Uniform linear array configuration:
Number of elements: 24
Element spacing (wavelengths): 0.25
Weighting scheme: cosine
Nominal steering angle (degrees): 30
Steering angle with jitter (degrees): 28.4
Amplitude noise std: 0.05
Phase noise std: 0.05

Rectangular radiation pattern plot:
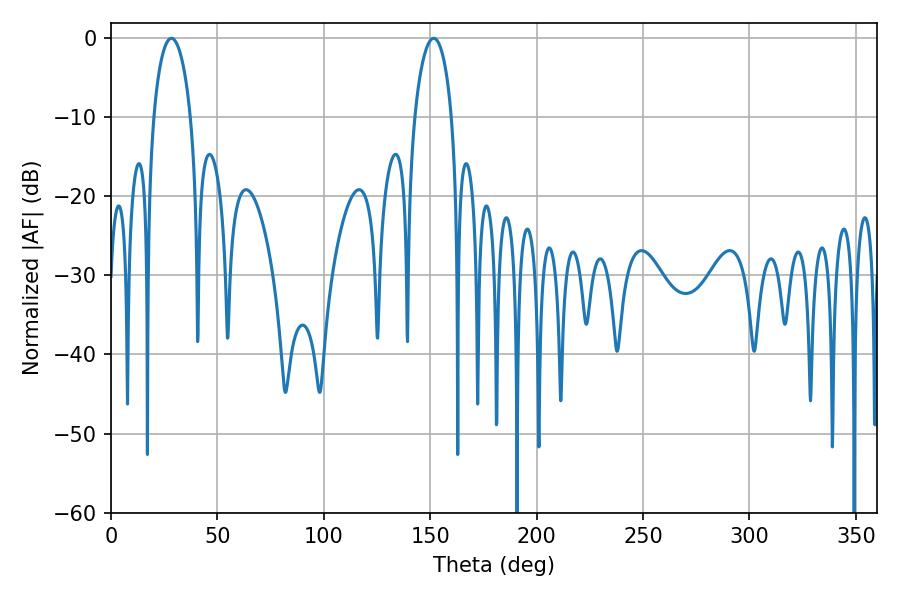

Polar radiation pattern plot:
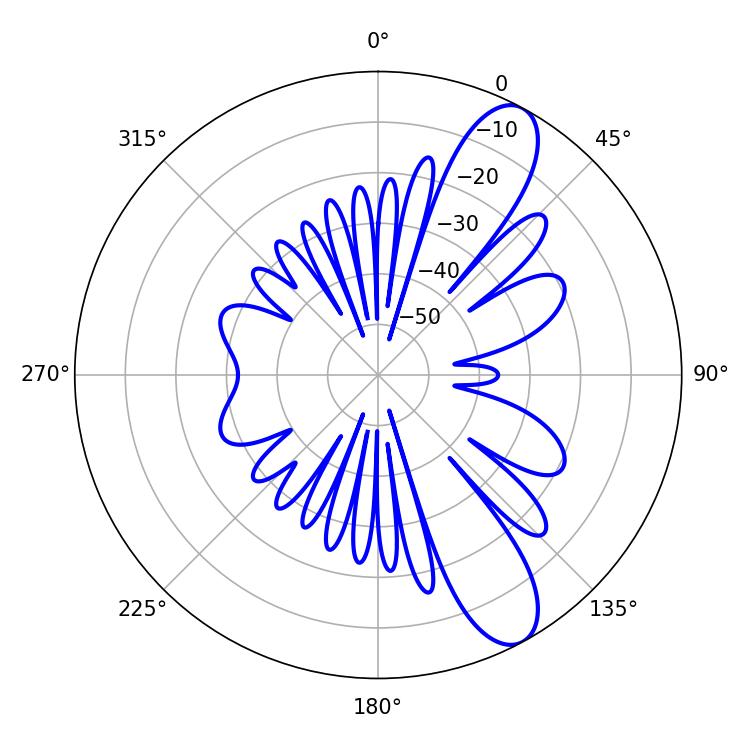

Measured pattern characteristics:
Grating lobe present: FALSE
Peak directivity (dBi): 10.407
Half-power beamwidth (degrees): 9.9
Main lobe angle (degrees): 28.44